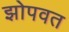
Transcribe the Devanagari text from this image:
झोपवत